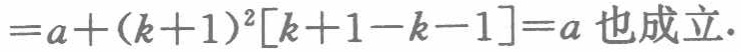
$=a+(k + 1)^2[k + 1 - k - 1]=a\text{ 也成立.}$